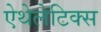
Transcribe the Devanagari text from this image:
ऐथेलेटिक्स